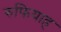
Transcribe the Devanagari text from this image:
रुफियाह